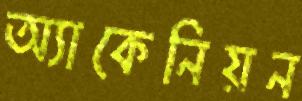
অ্যাকেনিয়ন